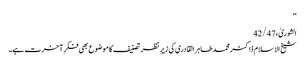
‘‘
الشوریٰ، 42/47
شیخ الاسلام ڈاکٹر محمد طاہر القادری کی زیرِ نظر تصنیف کا موضوع بھی فکرِ آخرت ہے۔